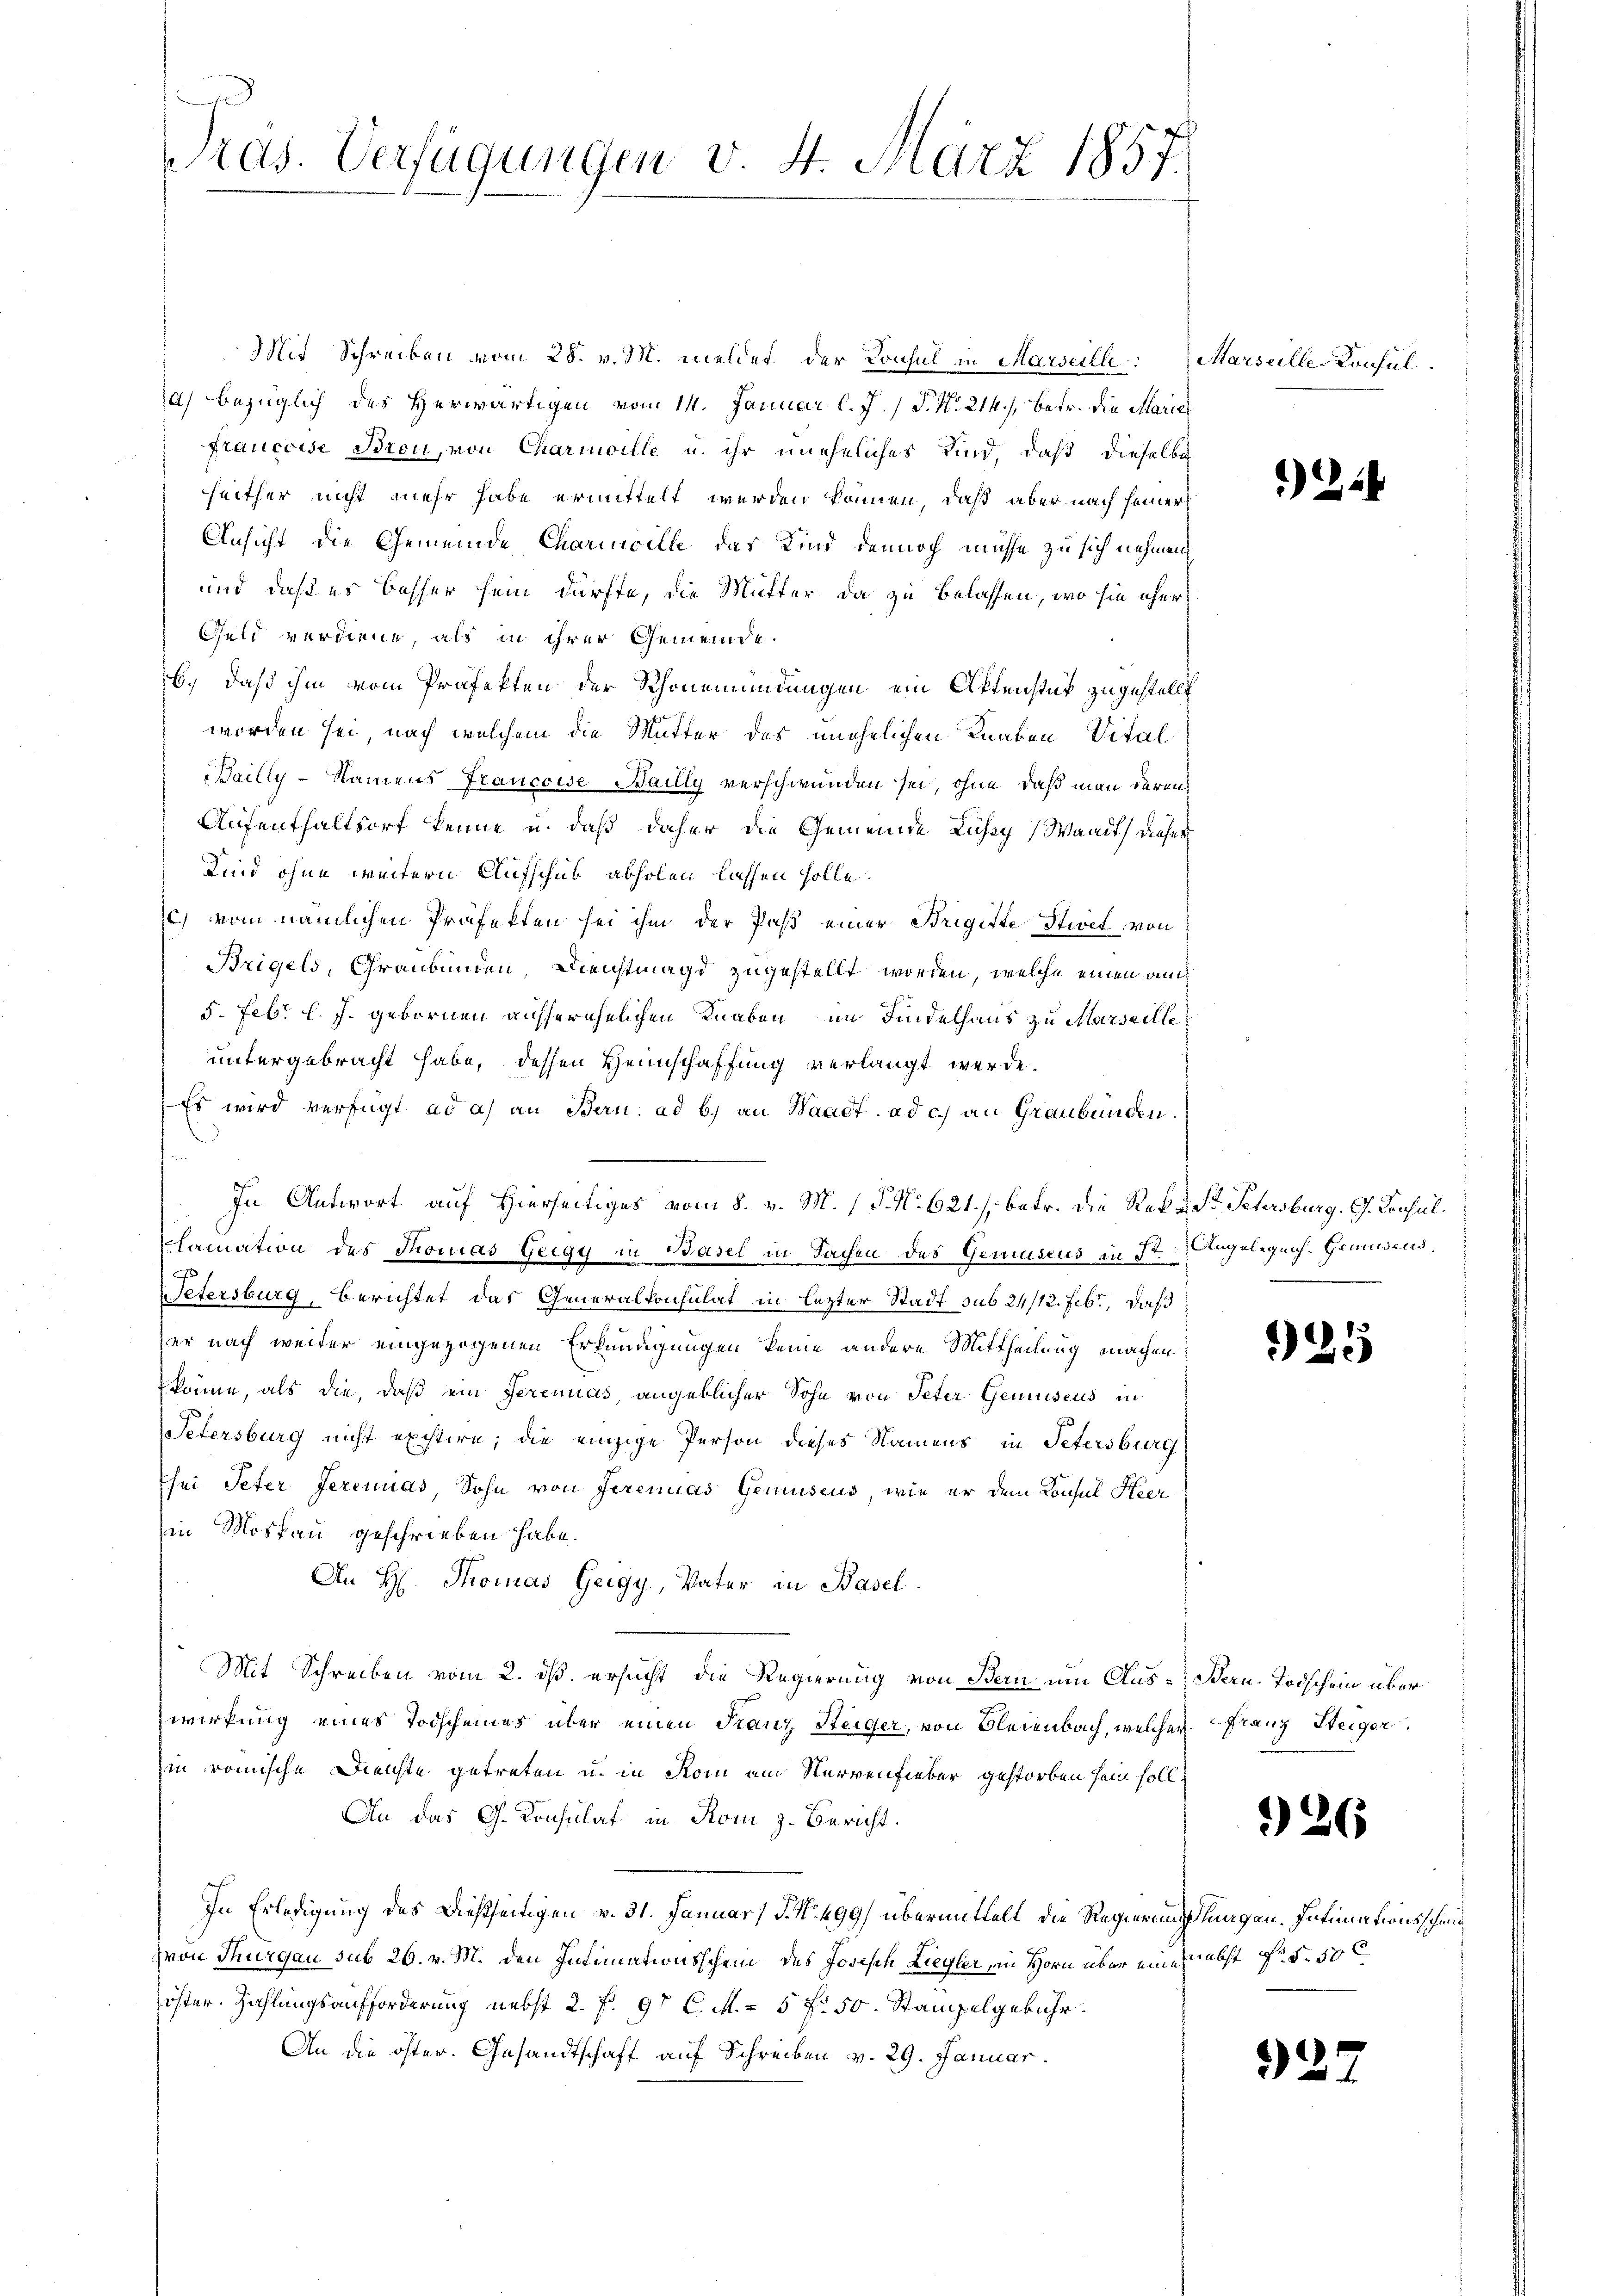
Pras. Verfügungen v. 4. März 1857.

Mit Schreiben vom 28. v. M. meldet der Konsul in Marseille Marseille-Konsul
Ja) bezüglich des Herwärtigen vom 14. Januar l. J. P. Nr. 214.) Betr. die Marie
Francoise Bron, von Charmoille u. ihr uneheliches Kind, daß dieselbe
heither nicht mehr habe ermittelt werden können, daß aber nach seiner
Ansicht die Gemeinde Charinville das Kind dennoch müsse zu sich nehmen,
und daß es besser sein dürfte, die Mutter da zu belassen, wo sie eher
Geld verdiene, als in ihrer Gemeinde.
b.) Daß ihm vom Präfekten der Schönemündungen ein Attenstük zugestellt
worden sei, nach welchem die Mutter des unehelichen Knaben Vital
Bailly - Namens Francoise Bailly verschwunden sei, ohne daß man deren
Aufenthaltsort kenne u. daß daher die Gemeinde Lussy (Waadt dieses
Sind ohne weitern Aufschub abholen lassen solle.
c.) vom nämlichen Präfekten sei ihm der Paß einer Brigitte Stiret von
Brigels, Graubünden, Dienstmagd zugestellt worden, welche einen auch
5. Febr. l. J. gebornen ausserehelichen Knaben im Findelhaus zu Marseille
untergebracht habe, dessen Heimschaffung verlangt werde.
Es wird verfügt ad a) an Bern. ad b.) an Waadt ad c.) an Graubünden.
In Antwort auf Hierseitiges vom 8. v. M. (T. N. 621., betr. die Rekr. St. Petersburg. G. Consullamation des Thomas Geegy in Basel in Sachen des Gemüseus in St. Angelegens. Grauwend
Petersburg, Berichtet das Generalkonsulat in lezter Stadt sub 24/12. Feb., daß
er nach weiter eingezogenen Erkundigungen keine andere Mittheilung machen
 könne, als die, daß ein Serenuas, angeblicher Sohn von Peter Gemüseus in
Petersburg nicht existire; die einzige Person dieses Namens in Petersburg
hei Peter Jerenuas, Sohn von Serenias Gemuseus, wie er dem Konsul Heer
in Moskau geschrieben habe.
An H. Thomas Geigy, Vater in Basel
Mit Schreiben vom 2. dß ersucht die Regierung von Bern um Aus- Bern-Todschein über
wirkung eines Todscheines über einen Franz Steiger, von Bleienbach, welcher Franz Steiger
in römische Dienste getreten u. in Rom ein Nervenfieber gestorben sein soll.
An das G. Konsulat in Rom z. Bericht.
In Erledigung des Dießseitigen v. 31. Januar) J. N. 499) übermittelt die Regierungslagen. Intimationsschri¬
(von Thurgau sub 26. v. M. den Intimationsschein des Joseph Liegler, in Horn über eines abst Fr. 5. 50 C
öster. Zahlungsaufforderung nebst 2. f. 9t C. M. 5 f. 50. Stampelgebühr.
An die öster. Gesandtschaft auf Schreiben v. 29. Januar

) 2

925

26

927